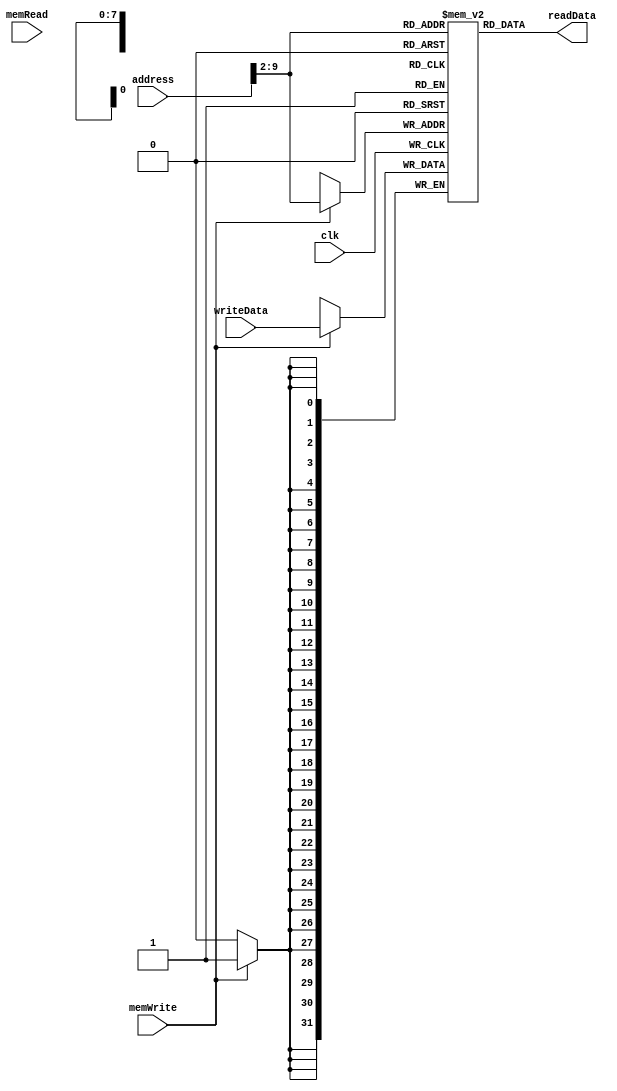
`timescale 1ns / 1ps
module DataMemory(
    input clk,
    input memRead,
    input memWrite,
    input [31:0] address,
    input [31:0] writeData,
    output [31:0] readData
    );
    reg [31:0] dataMemory [255:0];
   integer i;
assign readData = dataMemory[address >> 2];
initial begin
//nums: .word 0x90,6,9,0x18,0x95,0x79,0x11,0x25   
dataMemory[0]=32'h00000090;
dataMemory[1]=32'h00000006;
dataMemory[2]=32'h00000009;
dataMemory[3]=32'h00000018;
dataMemory[4]=32'h00000095;
dataMemory[5]=32'h00000079;
dataMemory[6]=32'h00000011;
dataMemory[7]=32'h00000025;
for(i = 8; i < 256; i = i + 1) dataMemory[i] <= 0;
end
always@(negedge clk)begin
if(memWrite == 1) dataMemory[address >> 2] = writeData;
end
endmodule